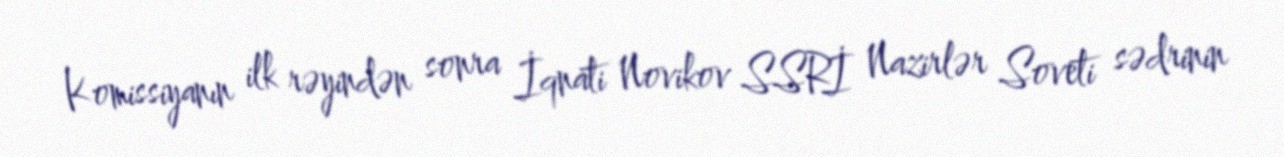
Komissiyanın ilk rəyindən sonra İqnati Novikov SSRİ Nazirlər Soveti sədrinin